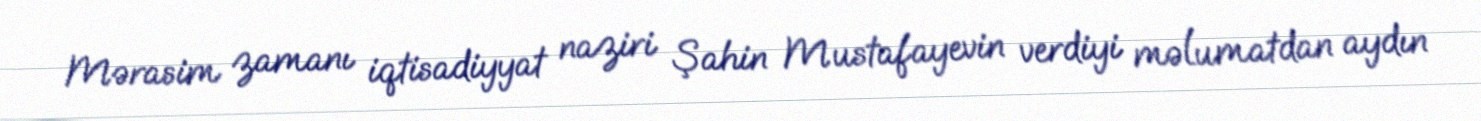
Mərasim zamanı iqtisadiyyat naziri Şahin Mustafayevin verdiyi məlumatdan aydın